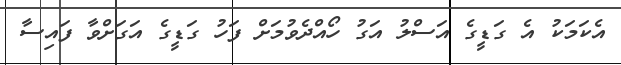
އެކަމަކު އެ ގަޑީގެ އަސްލު އަގު ހޯއްދެވުމަށް ފަހު ގަޑީގެ އަގަށްވާ ފައިސާ